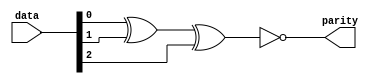
/*           ******************************************************     */
/*          **   course         : Logic Circuit Lab               **    */
/*         ***   Lab            : 04                              ***   */
/*        ****   Topic          : Parity Generator                ****  */
/*        ****   AUTHOR         : Reza Adinepour                  ****  */
/*         ***   Github         : github.com/rezaAdinepour/       **    */
/*           ******************************************************     */

`timescale 1ns / 1ps

module ParityGenerator(input [2:0] data, output parity);
	wire xnor1, xnor2, xnor3;
  
	assign xnor1 = data[0] ^ data[1];
	assign xnor2 = xnor1 ^ data[2];
	assign xnor3 = xnor2 ^ 1'b1;
  
	assign parity = xnor3;
	
endmodule